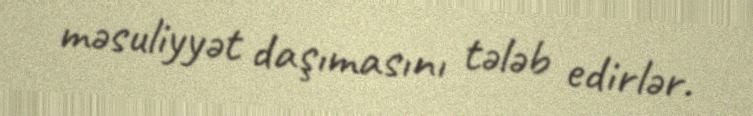
məsuliyyət daşımasını tələb edirlər.